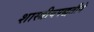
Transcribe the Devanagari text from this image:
शास्त्रीयपद्धतीने